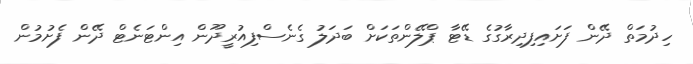
ހިދުމަތް ދޭން ފަށައިފިދިރާގުގެ ޑޭޓާ ޕްލޭންތަކަށް ބަދަލު ގެނެސްފިއުރީދޫން އިންޓަނެޓް ދޭން ފެށުމުން